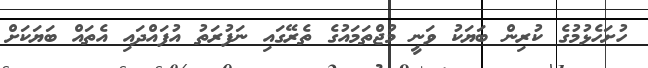
ހުށަހެޅުމުގެ ކުރިން ބަޔަކު ވަނީ މުޖްތަމައުގެ ތެރޭގައި ނަފުރަތު އުފައްދައި އެތައް ބަޔަކަށް